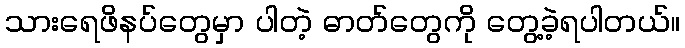
သားရေဖိနပ်တွေမှာ ပါတဲ့ ဓာတ်တွေကို တွေ့ခဲ့ရပါတယ်။